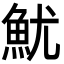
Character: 魷